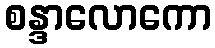
စန္ဒာလောကော